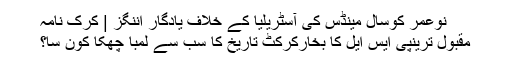
نوعمر کوسال مینڈس کی آسٹریلیا کے خلاف یادگار اننگز | کرک نامہ
مقبول ترینپی ایس ایل کا بخارکرکٹ تاریخ کا سب سے لمبا چھکا کون سا؟